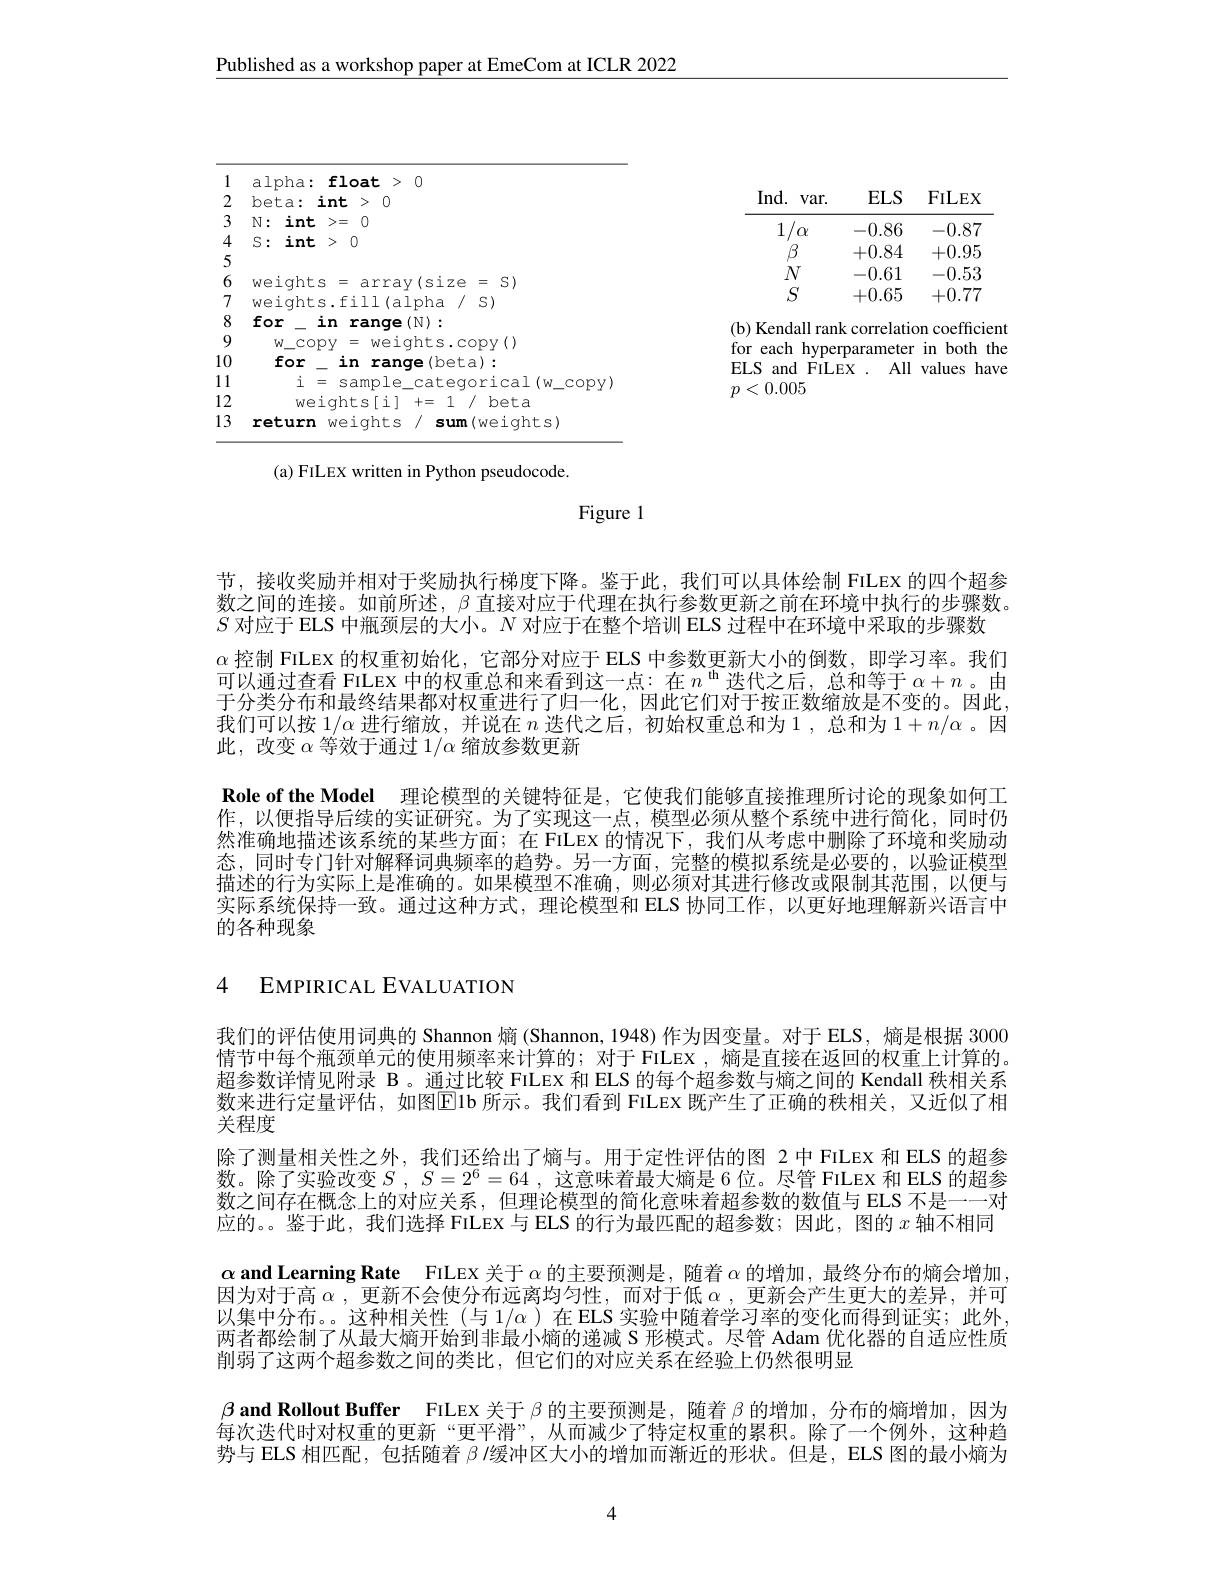
Published as a workshop paper at EmeCom at ICLR 2022

Ind. var. ELS FILEX

$1/ \alpha$ -0.86 -0.87

$\beta$

$\begin{array}{ccc}+0.84&+0.95\\-0.61&-0.53\end{array}$

$N$

$S$

+0.65 +0.77

<FigureHere>

(b) Kendall rank correlation coefficient for each hyperparameter in both the ELS and FILEX . All values have $p<0.005$

(a) FILEX written in Python pseudocode.

Figure l

节，接收奖励并相对于奖励执行梯度下降。鉴于此，我们可以具体绘制 FiLEX 的四个超参数之间的连接。如前所述，$\beta$直接对应于代理在执行参数更新之前在环境中执行的步骤数。$S$对应于 ELS 中瓶颈层的大小。$N$对应于在整个培训 ELS 过程中在环境中采取的步骤数
$\alpha$控制 FILEX 的权重初始化，它部分对应于 ELS 中参数更新大小的倒数，即学习率。我们可以通过查看 FILEX 中的权重总和来看到这一点：在$n^\mathrm{~th}$迭代之后，总和等于$\alpha+n$。由于分类分布和最终结果都对权重进行了归一化，因此它们对于按正数缩放是不变的。因此我们可以按$1/\alpha$进行缩放，并说在$n$迭代之后，初始权重总和为1，总和为$1+n/\alpha$ 。因此，改变$\alpha$等效于通过$1/\alpha$缩放参数更新
Role of the Model 理论模型的关键特征是，它使我们能够直接推理所讨论的现象如何工作，以便指导后续的实证研究。为了实现这一点，模型必须从整个系统中进行简化，同时仍然准确地描述该系统的某些方面；在 FILEX 的情况下，我们从考虑中删除了环境和奖励动态，同时专门针对解释词典频率的趋势。另一方面，完整的模拟系统是必要的，以验证模型描述的行为实际上是准确的。如果模型不准确，则必须对其进行修改或限制其范围，以便与实际系统保持一致。通过这种方式，理论模型和 ELS 协同工作，以更好地理解新兴语言中的各种现象

4 EMPIRICAL EVALUATION

我们的评估使用词典的 Shannon 熵 (Shannon, 1948) 作为因变量。对于 ELS, 熵是根据 3000情节中每个瓶颈单元的使用频率来计算的；对于 FILEX ,熵是直接在返回的权重上计算的。超参数详情见附录 B。通过比较 FILEX 和 ELS 的每个超参数与熵之间的 Kendall 秩相关系数来进行定量评估，如图Elb 所示。我们看到 FiLex 既产生了正确的秩相关，又近似了相关程度
除了测量相关性之外，我们还给出了熵与。用于定性评估的图 2中 FiLEX 和 ELS 的超参数。除了实验改变$S$ , $S= 2^6= 64$ , 这意味着最大熵是 6 位。尽管 FILEX 和 ELS 的超参数之间存在概念上的对应关系，但理论模型的简化意味着超参数的数值与 ELS 不是一一对应的。鉴于此，我们选择 FILEX 与 ELS 的行为最匹配的超参数；因此，图的$x$轴不相同$\alpha$ and Learning Rate FILEX 关于$\alpha$的主要预测是，随着$\alpha$的增加 ,最终分布的熵会增加$\alpha$ 因为对于高$\alpha$ ,更新不会使分布远离均匀性，而对于低$\alpha$ ,更新会产生更大的差异，并可以集中分布。。这种相关性(与 1/α )在 ELS 实验中随着学习率的变化而得到证实；此外， 两者都绘制了从最大熵开始到非最小熵的递减 S 形模式。尽管 Adam 优化器的自适应性质削弱了这两个超参数之间的类比，但它们的对应关系在经验上仍然很明显
$\beta$ and Rollout Buffer FILEX 关于$\beta$的主要预测是，随着$\beta$的增加，分布的熵增加，因为每次迭代时对权重的更新“更平滑”,从而减少了特定权重的累积。除了一个例外，这种趋势与 ELS 相匹配，包括随着 $\beta/$缓冲区大小的增加而渐近的形状。但是，ELS 图的最小熵为

4